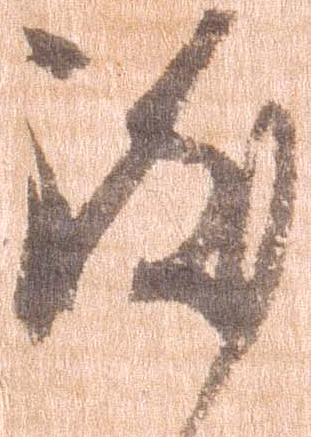
致